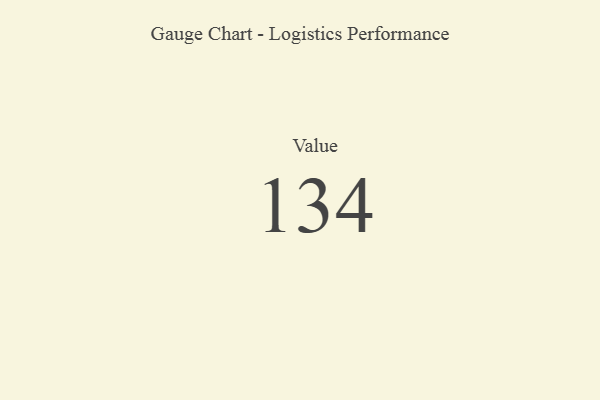
{"axis": {"x": "Metric", "y": "Value"}, "legend": [""], "data": [{"x": "Value", "y": 134, "type": ""}]}